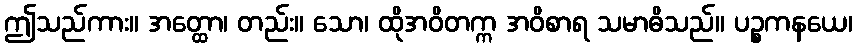
ဤသည်ကား။ အတ္ထော၊ တည်း။ သော၊ ထိုအဝိတက္က အဝိစာရ သမာဓိသည်။ ပဉ္စကနယေ၊